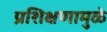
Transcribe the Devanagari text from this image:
प्रशिक्षणामुळे